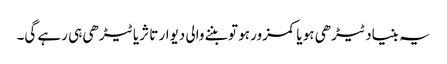
یہ بنیاد ٹیڑھی ہو یا کمزور ہو تو بننے والی دیوار تا ثریا ٹیڑھی ہی رہے گی۔